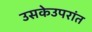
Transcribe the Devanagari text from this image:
उसकेउपरांत